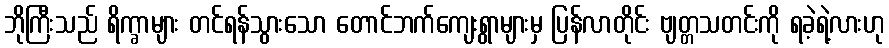
ဘိုကြီးသည် ရိက္ခာများ တင်ရန်သွားသော တောင်ဘက်ကျေးရွာများမှ ပြန်လာတိုင်း ဗျတ္တသတင်းကို ရခဲ့ရဲ့လားဟု